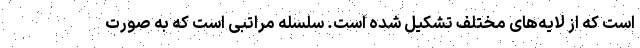
است که از لایه‌های مختلف تشکیل شده است. سلسله مراتبی است که به صورت